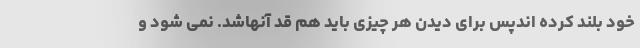
خود بلند کرده اندپس برای دیدن هر چیزی باید هم قد آنهاشد. نمی شود و